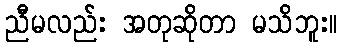
ညီမလည်း အတုဆိုတာ မသိဘူး။